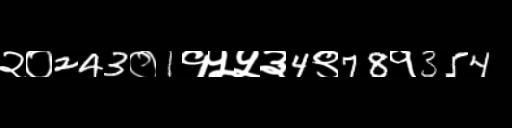
Text: २०243०1१५५३4९78१354